Regulations for the medical services of the Army of India
Year: 1930
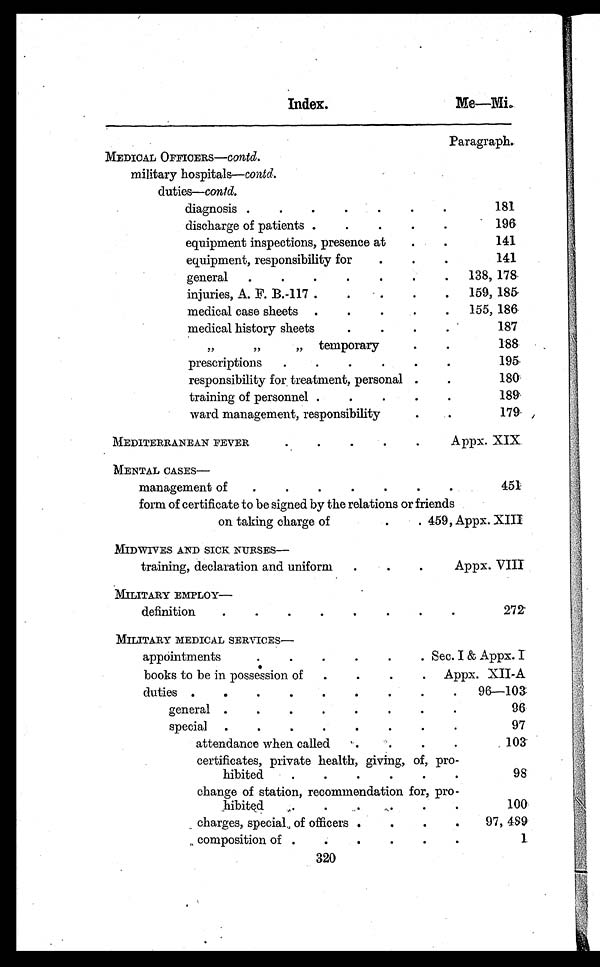
Index.
Paragraph.
MEDICAL OFFICERS—c ontd .
military hospitals—c o n t d .
duties—contd.
diagnosis . . .
181
discharge of patients . . .
196
equipment inspections, presence at . . .
141
equipment, responsibility for . . .
141
general . . .
138, 178
injuries, A. F. B.-117 . . .
159, 185
medical case sheets . . .
155, 186
medical history sheets . . .
187
,, ,, ,, temporary . . .
188
prescriptions . . .
195
responsibility for treatment, personal . . .
180
training of personnel . . .
189
ward management, responsibility . . .
179
MEDITERRANEAN FEVER . . .
A ppx. XIX
MENTAL CASES
—
management of . . .
451
form of certificate to be signed by the relations or friends
on taking charge of . . . 459, Appx. XIII
MIDWIVES AND SICK NURSES
—
training, declaration and uniform . . .
Appx. VIII
MILITARY EMPLOY
—
definition . . .
272
MILITARY MEDICAL SERVICES—
appointments . . . Sec. I & Appx. I
books to be in possessi on of . . . Appx. XII-A
duties . . . 96—103
general . . .
96
special . . .
97
attendance when called . . .
103
certificates, private health, giving, of, pro-
h i b i t e d . . .
98
change of station, recommendation for, pro-
h i b i t e d . . .
100
charges, special of officers . . .
97, 489
composition of . . .
1
320